Scientific memoirs by medical officers of the Army of India - Part X,
Year: 1897
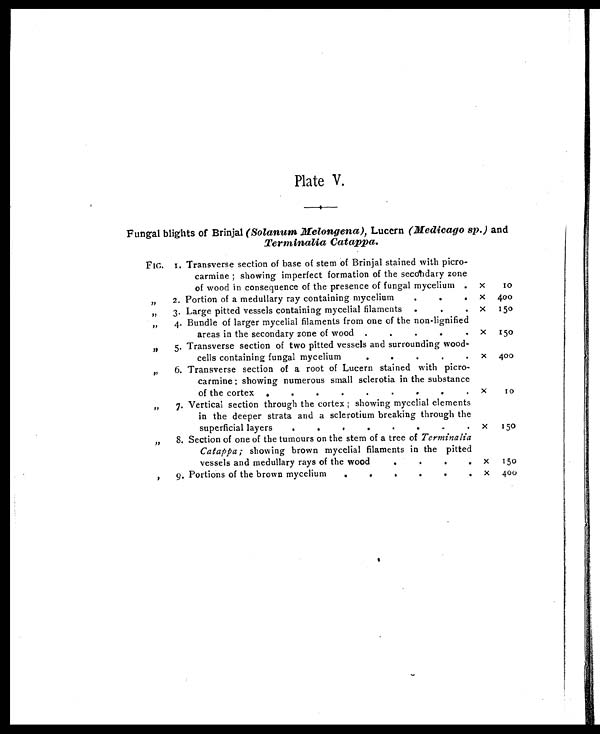
Plate V.
Fungal blights of Brinjal (Solanum Melongena), Lucern (Medicago sp.) and
Terminalia Catappa.
FIG. 1. Transverse section of base of stem of Brinjal stained with picro-
carmine ; showing imperfect formation of the secondary zone
of wood in consequence of the presence of fungal mycelium .
x
10
, , 2. Portion of a medullary ray containing mycelium
. . .
x
400
„
3. Large pitted vessels containing mycelial filaments
.
. .
x
150
„
4. Bundle of larger mycelial filaments from one of the non-lignified
areas in the secondary zone of wood
.
.
. . .
x
150
,,
5. Transverse section of two pitted vessels and surrounding wood-
cells containing fungal mycelium
.
.
. . .
x
400
,,
6. Transverse section of a root of Lucern stained with picro-
carmine ; showing numerous small sclerotia in the substance
of the cortex .
.
.
.
.
.
. . .
x
1 0
„
7. Vertical section through the cortex ; showing mycelial elements
in the deeper strata and a sclerotium breaking through the
superficial layers
.
.
.
.
.
. . .
x 150
, ,
8. Section of one of the tumours on the stem of a tree of Terminalia
Catappa ; showing brown mycelial filaments in the pitted
vessels and medullary rays of the wood
.
.
.
. x
150
, ,
9. Portions of the brown mycelium
.
.
.
.
. .
x
400